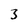
Character: 3